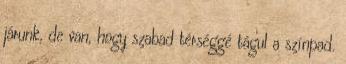
járunk, de van, hogy szabad térséggé tágul a színpad.